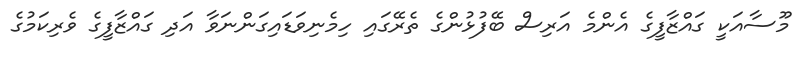
މޫސާއަކީ ގައްޒާފީގެ އެންމެ އަރިސް ބޭފުޅުންގެ ތެރޭގައި ހިމެނިވަޑައިގަންނަވާ އަދި ގައްޒާފީގެ ވެރިކަމުގެ